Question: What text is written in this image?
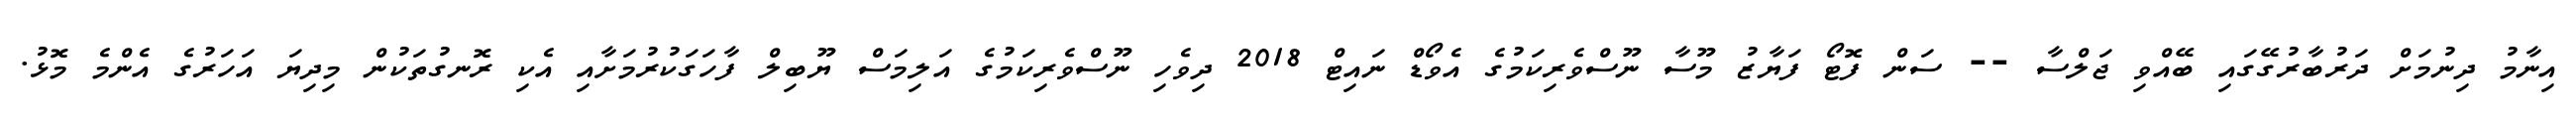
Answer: އިނާމު ދިނުމަށް ދަރުބާރުގޭގައި ބޭއްވި ޖަލްސާ -- ސަން ފޮޓޯ ފަޔާޒު މޫސާ ނޫސްވެރިކަމުގެ އެވޯޑް ނައިޓް 2018 ދިވެހި ނޫސްވެރިކަމުގެ އަލިމަސް ޔޫބިލް ފާހަގަކުރުމަށާއި އެކި ރޮނގުތަކުން މިދިޔަ އަހަރުގެ އެންމެ މޮޅު.